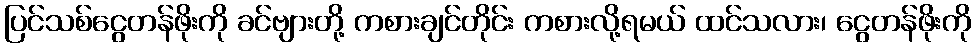
ပြင်သစ်ငွေတန်ဖိုးကို ခင်ဗျားတို့ ကစားချင်တိုင်း ကစားလို့ရမယ် ထင်သလား၊ ငွေတန်ဖိုးကို